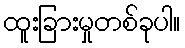
ထူးခြားမှုတစ်ခုပါ။